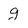
Character: g